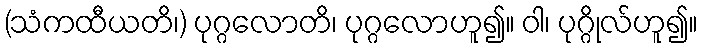
(သံကထီယတိ၊) ပုဂ္ဂလောတိ၊ ပုဂ္ဂလောဟူ၍။ ဝါ၊ ပုဂ္ဂိုလ်ဟူ၍။